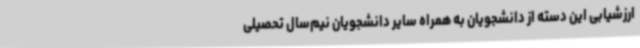
ارزشیابی این دسته از دانشجویان به همراه سایر دانشجویان ‌نیم‌سال تحصیلی